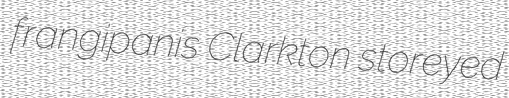
frangipanis Clarkton storeyed